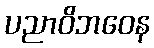
ပညာဝိဘဝေန